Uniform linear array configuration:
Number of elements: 16
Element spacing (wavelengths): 0.5
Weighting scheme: binomial
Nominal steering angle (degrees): -30
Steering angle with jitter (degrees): -31.27
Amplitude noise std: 0.05
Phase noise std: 0.05

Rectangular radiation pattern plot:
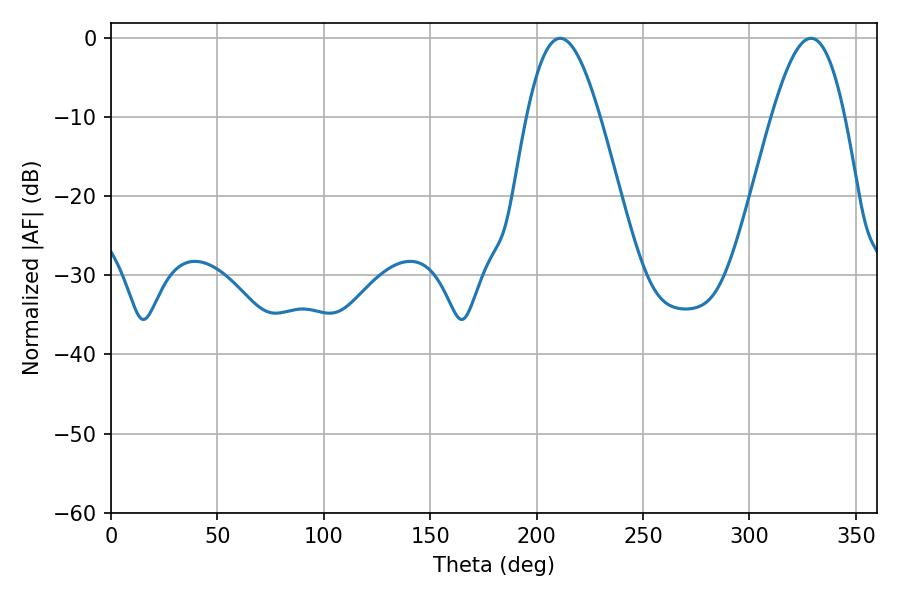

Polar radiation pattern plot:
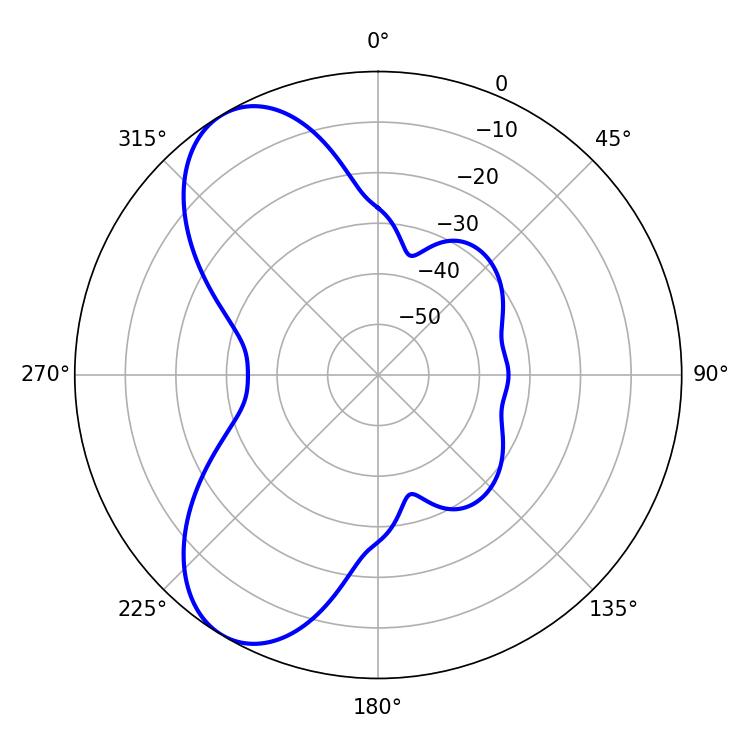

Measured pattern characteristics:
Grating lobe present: FALSE
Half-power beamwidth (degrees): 18.54
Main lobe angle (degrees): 211.14